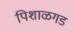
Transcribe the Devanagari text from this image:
पिशाळगड